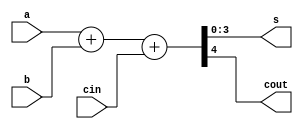
module somador4b(a,b,s,cout, cin); 

    //Declarao das entradas e saidas
    input [3:0] a, b;
    input cin;
    output [3:0]s; 
    output cout;

    //Funcionamento do circuito - abordagem por fluxo
     assign  {cout, s} = a + b + cin; 

endmodule